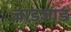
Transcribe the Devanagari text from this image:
जाडजाड